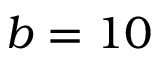
b = 1 0